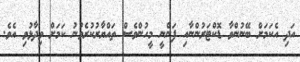
އަދި އެކަމަށް ބޭނުންވާ ޑޮކްޓަރުންނާއި ފަންނީ މީހުންވެސް ތައްޔާރުކުރެވުނު ކަމަށް ވިދާޅުވި އެވެ.